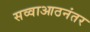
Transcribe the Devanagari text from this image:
सव्वाआठनंतर